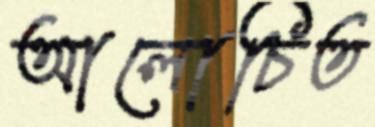
আলোচিত